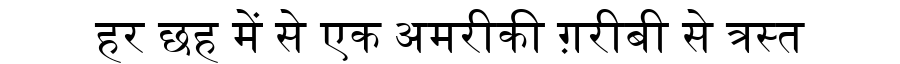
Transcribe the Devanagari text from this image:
हर छह में से एक अमरीकी ग़रीबी से त्रस्त